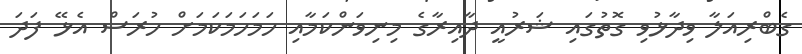
ގެބްރިއަލާ ވިދާޅުވި ގޮތުގައި ޝަރުއީ ދާއިރާގެ މިނިވަންކަމާއި ހަމަހަމަކަމަށް ހުރަސް އެޅޭ ފަދަ